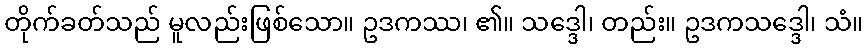
တိုက်ခတ်သည် မူလည်းဖြစ်သော။ ဥဒကဿ၊ ၏။ သဒ္ဒေါ၊ တည်း။ ဥဒကသဒ္ဒေါ၊ သံ။